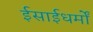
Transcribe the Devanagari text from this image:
ईसाईधर्मों